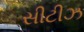
સીટીઝ